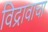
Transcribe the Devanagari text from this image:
विद्रावाचा